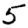
Digit: 5